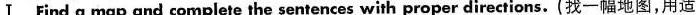
Ⅰ Find a map and complete the sentences with proper directions.(找一幅地图,用适